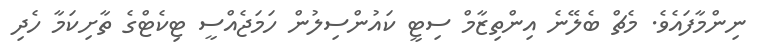
ނިންމާފައެވެ. މެޗް ބެލޭނެ އިންތިޒާމް ސިޓީ ކައުންސިލުން ހަމަޖެއްސީ ޓިކެޓްގެ ތާށިކަމާ ހެދި